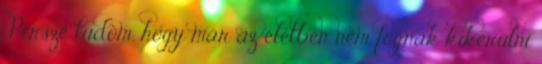
Persze tudom, hogy már az életben nem fognak kikerülni